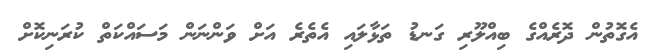
އެގޮތުން ދޮރެއްގެ ބިއްލޫރި ގަނޑު ތަޅާލައި އެތެރެ އަށް ވަންނަން މަސައްކަތް ކުރަނިކޮށް